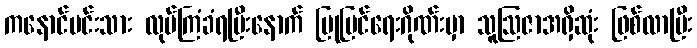
ကနောင်မင်းသား လုပ်ကြံခံရပြီးနောက် ပြုပြင်ရေးဂိုဏ်းမှာ သူဩဇာအရှိဆုံး ဖြစ်လာပြီး